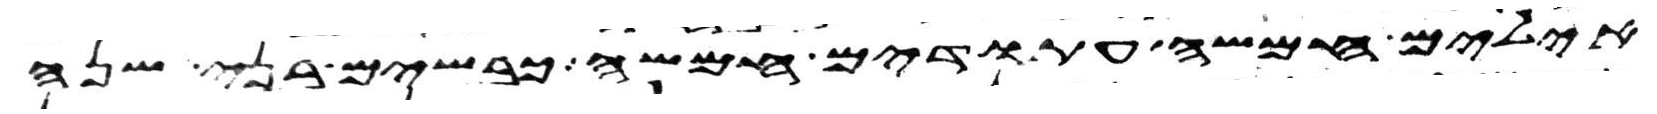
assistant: אילים חמשה עתודים חמשה כבשים בני שנה